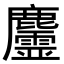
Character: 𪋳